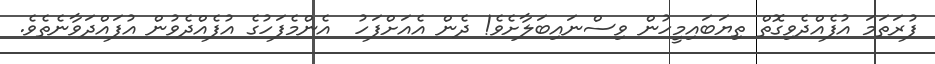
ފުރަތަމަ އުފެއްދެވިގޮތް ތިޔަބައިމީހުން ވިސްނައިބަލާށެވެ! ދެން އެއަށްފަހު  އެންމެފަހުގެ އުފެއްދެވުން އުފައްދަވާނެތެވެ.